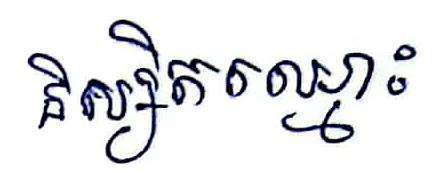
និស្សិតឈ្មោះ